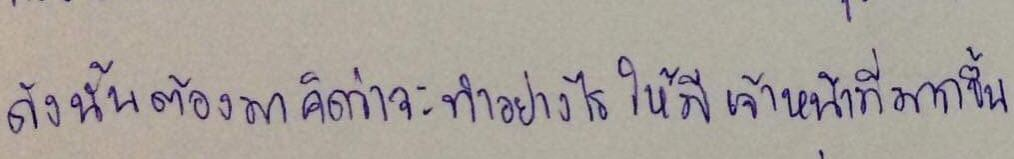
ดังนั้นต้องมาคิดว่าจะทำอย่างไรให้มีเจ้าหน้าที่มากขึ้น